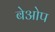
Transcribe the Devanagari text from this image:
बेओप